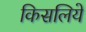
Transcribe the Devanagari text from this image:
किसलिये